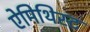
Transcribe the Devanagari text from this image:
ऐमिथिस्ट